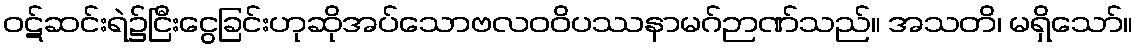
ဝဋ်ဆင်းရဲ၌ငြီးငွေခြင်းဟုဆိုအပ်သောဗလဝဝိပဿနာမဂ်ဉာဏ်သည်။ အသတိ၊ မရှိသော်။